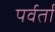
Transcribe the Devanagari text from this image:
पर्वर्तों